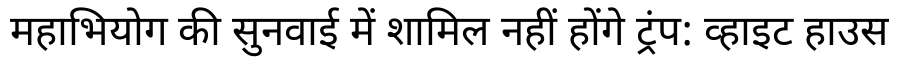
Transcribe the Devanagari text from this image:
महाभियोग की सुनवाई में शामिल नहीं होंगे ट्रंप: व्हाइट हाउस